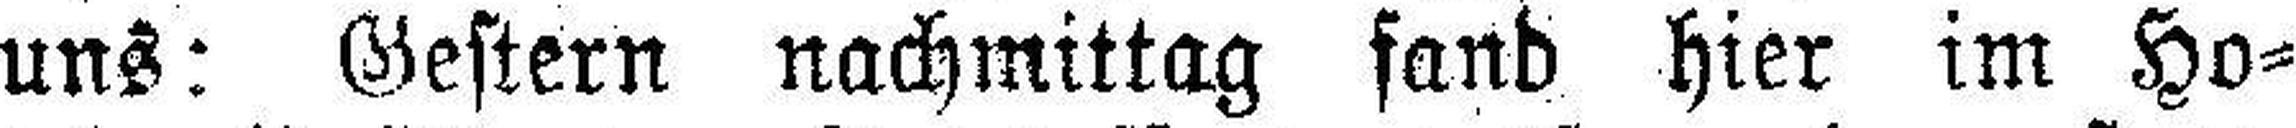
uns: Gestern nachmittag fand hier im Ho¬